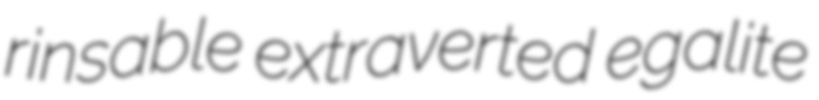
rinsable extraverted egalite